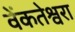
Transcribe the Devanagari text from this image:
वेंकतेश्वरा